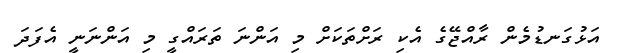
އަޅުގަނޑުމެން ރާއްޖޭގެ އެކި ރަށްތަކަށް މި އަންނަ ތަރައްގީ މި އަންނަނީ އެފަދަ